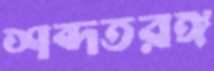
শব্দতরঙ্গ